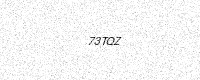
Text: 73TQZ